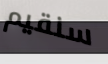
سنقيم